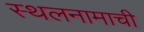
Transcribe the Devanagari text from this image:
स्थलनामाची